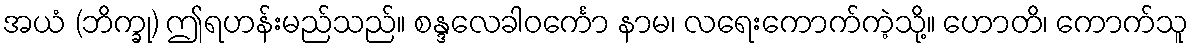
အယံ (ဘိက္ခု) ဤရဟန်းမည်သည်။ စန္ဒလေခါဝင်္ကော နာမ၊ လရေးကောက်ကဲ့သို့။ ဟောတိ၊ ကောက်သူ